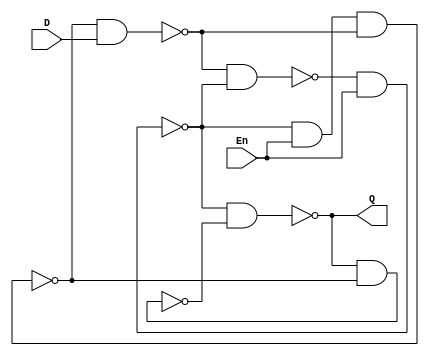
/* Q1 part2 */

module dff(D, En, Q);
    input D, En;
    output Q;
    wire a, b, c, d, e, f;
    nand(a, d, b);
    nand(b, a, En);
    nand(c, b, En, d);
    nand(d, c, D);
    nand(Q, b, f);
    nand(f, Q, c);
endmodule